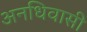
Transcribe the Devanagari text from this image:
अनधिवासी